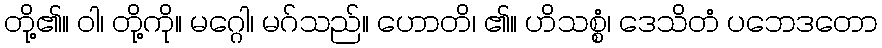
တို့၏။ ဝါ၊ တို့ကို။ မဂ္ဂေါ၊ မဂ်သည်။ ဟောတိ၊ ၏။ ဟိသစ္စံ၊ ဒေသိတံ ပဘေဒတော